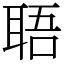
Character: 䎸